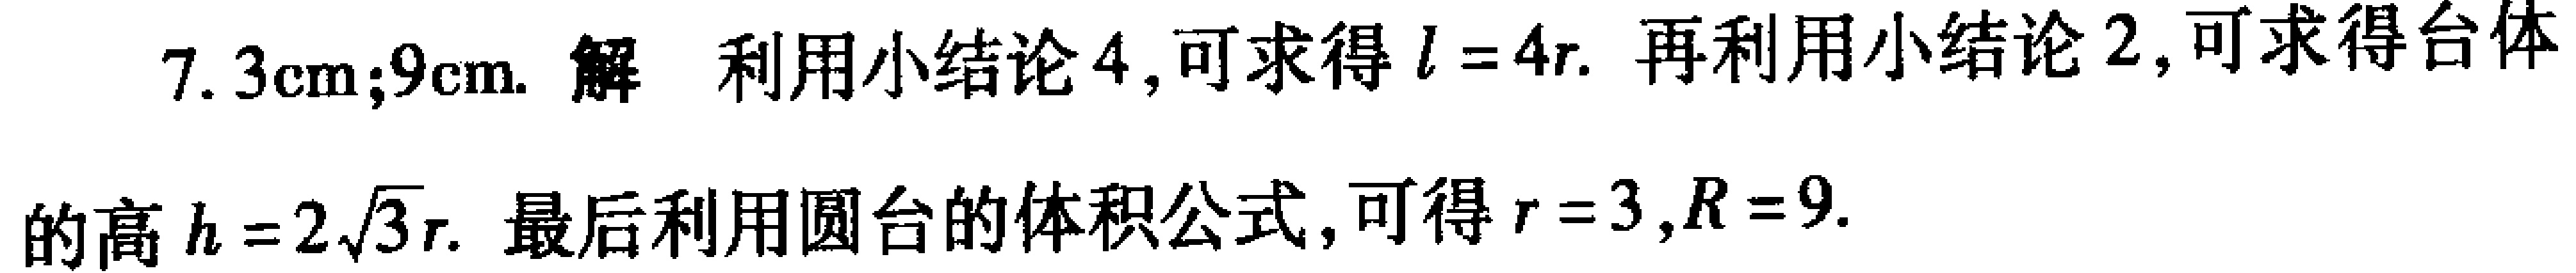
$7. 3\text{cm};9\text{cm}.$ 解 利用小结论4,可求得$l = 4r.$ 再利用小结论2,可求得台体的高$h = 2\sqrt{3}r.$ 最后利用圆台的体积公式,可得$r = 3,R = 9.$